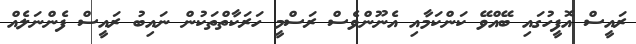
ރައީސް އޮފީހުގައި ބޭއްވޭ ކަންކަމާއި އެނޫންވެސް ރަސްމީ ހަރަކާތްތަކުން ނައިބު ރައީސް ފެންނަލެއް